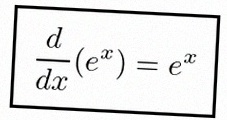
\frac{d}{dx}(e^x)=e^x